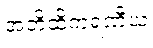
အတိထိကရဏီယံ